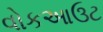
વોકઆઉટ